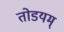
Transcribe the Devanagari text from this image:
तोडयम्